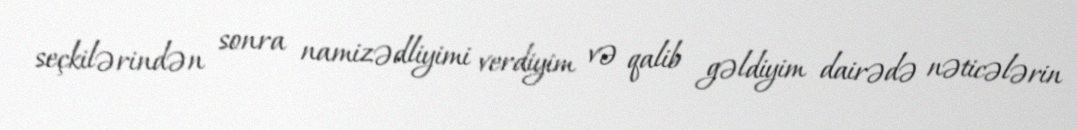
seçkilərindən sonra namizədliyimi verdiyim və qalib gəldiyim dairədə nəticələrin